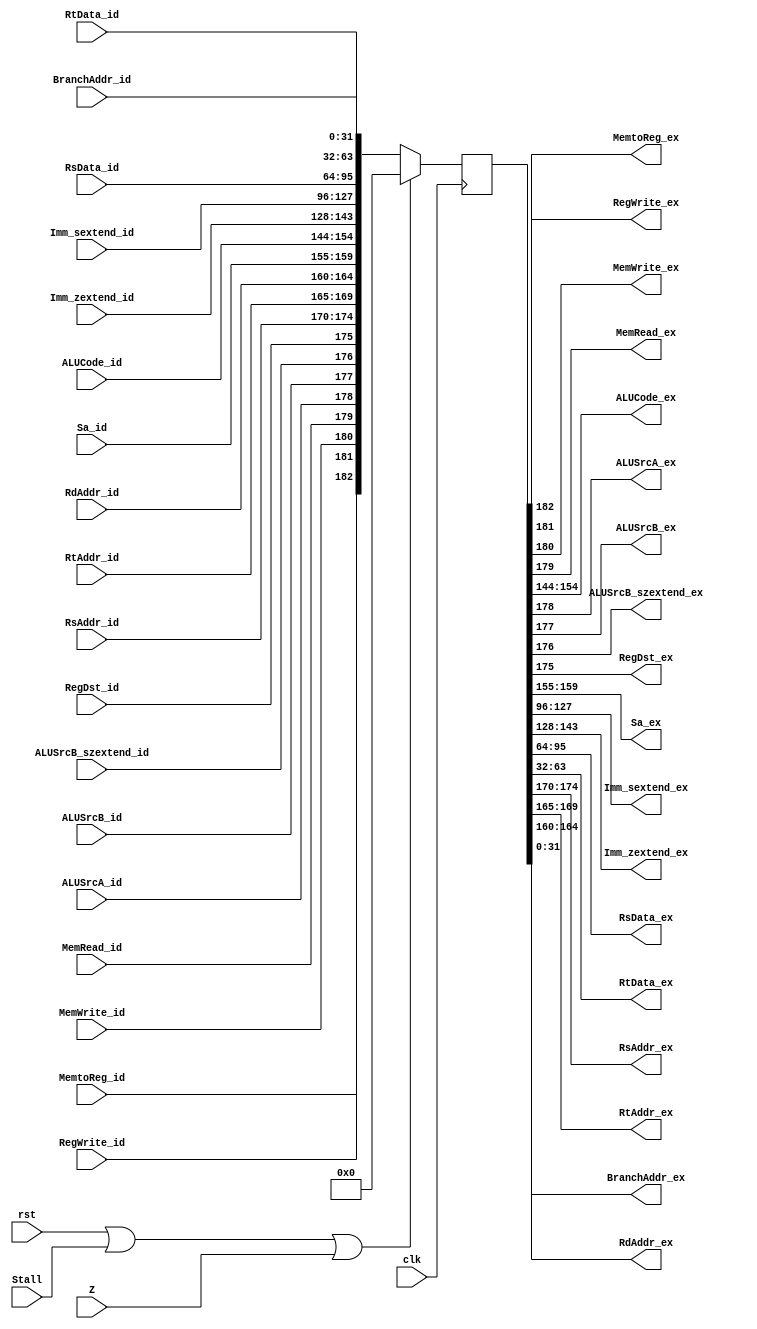
`timescale 1ns / 1ps
//////////////////////////////////////////////////////////////////////////////////
// Company: 
// Engineer: 
// 
// Design Name: 
// Module Name:    CPU_module_ID_EX_REG 
// Project Name: 
// Target Devices: 
// Tool versions: 
// Description: 
//
// Dependencies: 
//
// Revision: 
// Revision 0.01 - File Created
// Additional Comments: 
//
//////////////////////////////////////////////////////////////////////////////////
/*
Tools for this file:
for line in open('data.txt'):
    name, digit = line.strip().split()
    #print 'FDR #(%{digit}s) fdr_%s(.D(%{name}s_id), .R(Flush), .C(clk), .Q(%{name}s_ex)' % locals()
    print 'FDR #({digit}) fdr_{name}(.D({name}_id), .R(Flush), .C(clk), .Q({name}_ex));'.format(**locals())
	 
MemtoReg 1
RegWrite 1
MemWrite 1
MemRead 1
ALUCode 5
ALUSrcA 1
ALUSrcB 1
RegDst 1
Sa 32
Imm 32
RsData 32
RtData 32
RsAddr 5
RtAddr 5
RdAddr 5
*/
module CPU_module_ID_EX_REG(
	input wire clk, rst,
	input wire Stall,	//data hazard
	input wire Z,
	
	input wire MemtoReg_id,
	input wire RegWrite_id,
	input wire MemWrite_id,
	input wire MemRead_id,
	input wire[10:0] ALUCode_id,
	input wire ALUSrcA_id, 
	input wire ALUSrcB_id,
	input wire ALUSrcB_szextend_id,
	input wire RegDst_id,
	input wire[4:0] Sa_id,
	input wire[31:0] Imm_sextend_id,
	input wire[15:0] Imm_zextend_id,
	input wire[31:0] RsData_id,
	input wire[31:0] RtData_id,
	input wire[4:0] RsAddr_id,
	input wire[4:0] RtAddr_id,
	input wire[4:0] RdAddr_id,
	input wire[31:0] BranchAddr_id,
	
	output wire MemtoReg_ex,
	output wire RegWrite_ex,
	output wire MemWrite_ex,
	output wire MemRead_ex,
	output wire[10:0] ALUCode_ex,
	output wire ALUSrcA_ex, 
	output wire ALUSrcB_ex, 
	output wire ALUSrcB_szextend_ex,
	output wire RegDst_ex,
	output wire[4:0] Sa_ex,
	output wire[31:0] Imm_sextend_ex,
	output wire[15:0] Imm_zextend_ex,
	
	output wire[31:0] RsData_ex,
	output wire[31:0] RtData_ex,
	output wire[4:0] RsAddr_ex,
	output wire[4:0] RtAddr_ex,
	output wire[4:0] RdAddr_ex,
	output wire[31:0] BranchAddr_ex
);
	wire Flush = rst | Stall | Z;
	reg[182:0] cache;
	wire[182:0] cache_data={MemtoReg_id, RegWrite_id, MemWrite_id, MemRead_id, ALUSrcA_id, ALUSrcB_id,
									ALUSrcB_szextend_id, RegDst_id,	//1 bits signal
									RsAddr_id, RtAddr_id, RdAddr_id,	Sa_id, //5 bits signal
									ALUCode_id,	//11 bits signal
									Imm_zextend_id,	//15 bits singal
									Imm_sextend_id, RsData_id, RtData_id, BranchAddr_id	//32 bits signal
									};
	always @(posedge clk)
	begin
		if (Flush)
			cache <= 183'b0;
		else
			cache <= cache_data;
	end 
	
	assign	{MemtoReg_ex, RegWrite_ex, MemWrite_ex, MemRead_ex, ALUSrcA_ex, ALUSrcB_ex,
				ALUSrcB_szextend_ex, RegDst_ex,	//1 bits signal
				RsAddr_ex, RtAddr_ex, RdAddr_ex,	Sa_ex, //5 bits signal
				ALUCode_ex,	//11 bits signal
				Imm_zextend_ex, //15 bits signal
				Imm_sextend_ex, RsData_ex, RtData_ex, BranchAddr_ex	//32 bits signal
									} = cache;
	/*
	FDR #(1) fdr_MemtoReg(.D(MemtoReg_id), .R(Flush), .C(clk), .Q(MemtoReg_ex));
	FDR #(1) fdr_RegWrite(.D(RegWrite_id), .R(Flush), .C(clk), .Q(RegWrite_ex));
	FDR #(1) fdr_MemWrite(.D(MemWrite_id), .R(Flush), .C(clk), .Q(MemWrite_ex));
	FDR #(1) fdr_MemRead(.D(MemRead_id), .R(Flush), .C(clk), .Q(MemRead_ex));
	FDR #(8) fdr_ALUCode(.D(ALUCode_id), .R(Flush), .C(clk), .Q(ALUCode_ex));
	FDR #(1) fdr_ALUSrcA(.D(ALUSrcA_id), .R(Flush), .C(clk), .Q(ALUSrcA_ex));
	FDR #(1) fdr_ALUSrcB(.D(ALUSrcB_id), .R(Flush), .C(clk), .Q(ALUSrcB_ex));
	FDR #(1) fdr_ALUSrcB_szextend(.D(ALUSrcB_szextend_id), .R(Flush), .C(clk), .Q(ALUSrcB_szextend_ex));
	FDR #(1) fdr_RegDst(.D(RegDst_id), .R(Flush), .C(clk), .Q(RegDst_ex));
	FDR #(32) fdr_Sa(.D(Sa_id), .R(Flush), .C(clk), .Q(Sa_ex));
	FDR #(32) fdr_Imm_sextend(.D(Imm_sextend_id), .R(Flush), .C(clk), .Q(Imm_sextend_ex));
	FDR #(32) fdr_Imm_zextend(.D(Imm_zextend_id), .R(Flush), .C(clk), .Q(Imm_zextend_ex));
	FDR #(32) fdr_RsData(.D(RsData_id), .R(Flush), .C(clk), .Q(RsData_ex));
	FDR #(32) fdr_RtData(.D(RtData_id), .R(Flush), .C(clk), .Q(RtData_ex));
	FDR #(5) fdr_RsAddr(.D(RsAddr_id), .R(Flush), .C(clk), .Q(RsAddr_ex));
	FDR #(5) fdr_RtAddr(.D(RtAddr_id), .R(Flush), .C(clk), .Q(RtAddr_ex));
	FDR #(5) fdr_RdAddr(.D(RdAddr_id), .R(Flush), .C(clk), .Q(RdAddr_ex));
	*/
endmodule